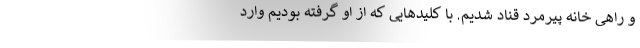
و راهی خانه پیرمرد قناد شدیم. با کلیدهایی که از او گرفته بودیم وارد